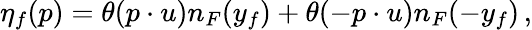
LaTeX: \eta_{f}(p)=\theta(p\cdot u)n_{F}(y_{f})+\theta(-p\cdot u)n_{F}(-y_{f})\, ,